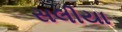
સલીયા